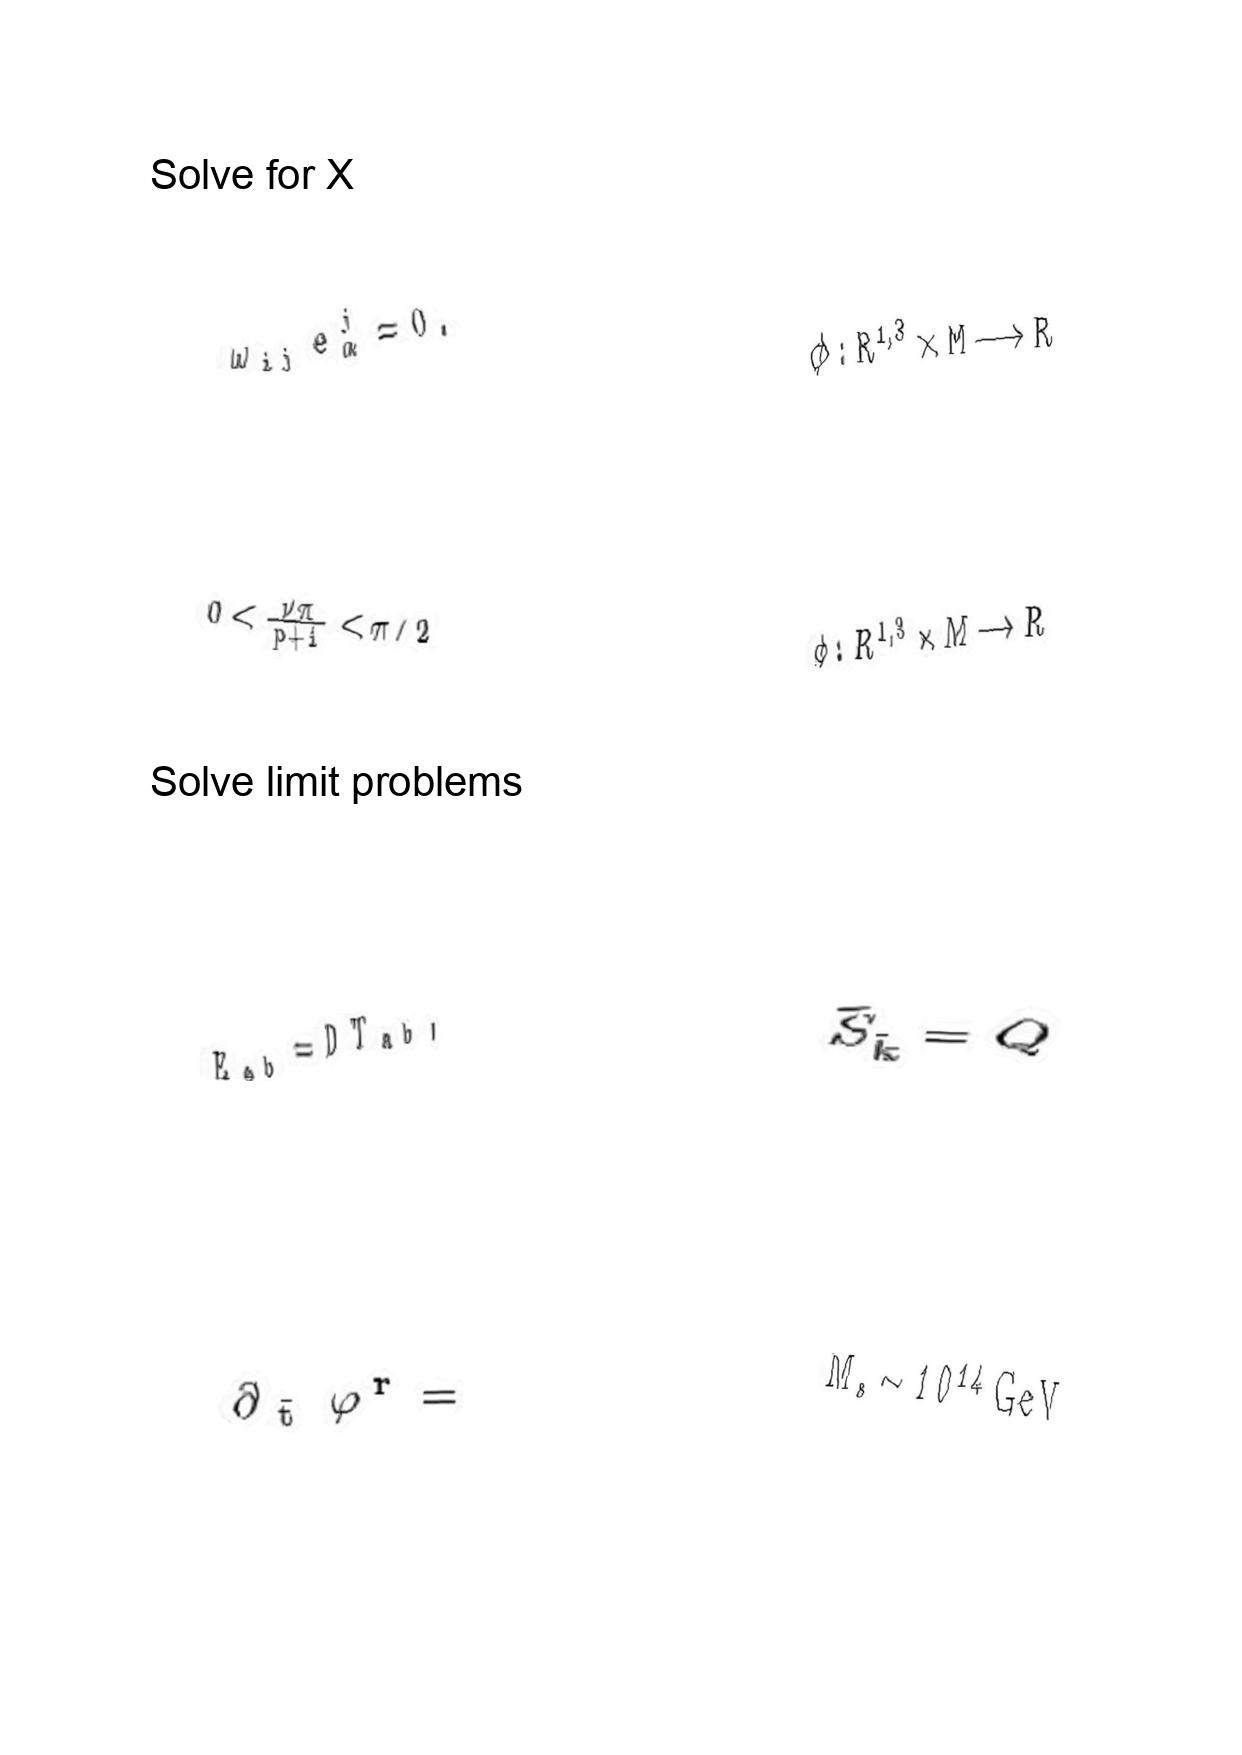
LaTeX transcription:
\omega _ { i j } e ^ { j } _ { \alpha } = 0 .
0 \lt \frac { \nu \pi } { p + 1 } \lt \pi / 2
E _ { a b } = D T _ { a b } ,
\partial _ { \tilde { t } } \varphi ^ { r } =
\phi : R ^ { 1 , 3 } \times M \longrightarrow R
\phi : R ^ { 1 , 3 } \times M \longrightarrow R
\tilde { S } _ { \tilde { k } } = Q
M _ { s } \sim 1 0 ^ { 1 4 } \mathrm { G e V }